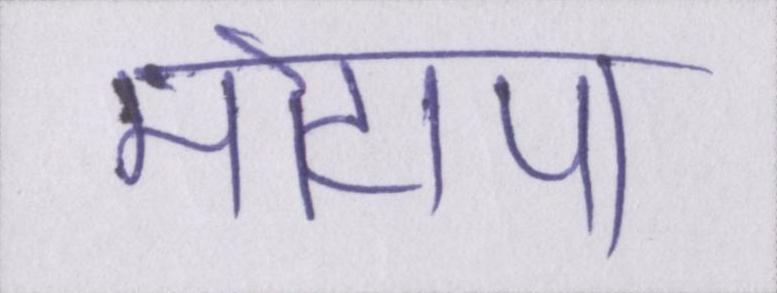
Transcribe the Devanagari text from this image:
मोटापा